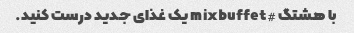
با هشتگ #mixbuffet یک غذای جدید درست کنید.